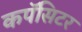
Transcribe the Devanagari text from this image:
कपॅसिटर